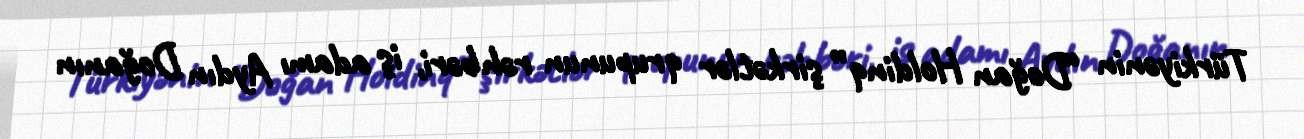
Türkiyənin “Doğan Holdinq” şirkətlər qrupunun rəhbəri, iş adamı Aydın Doğanın